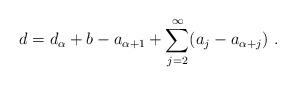
LaTeX: \begin{align*}d = d_\alpha + b - a_{\alpha + 1} + \sum_{j=2}^\infty (a_j - a_{\alpha+j}) \ .\end{align*}